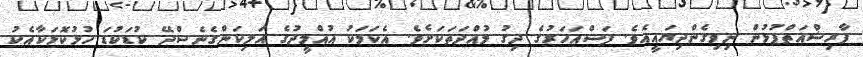
ފާރިޝްއަތްޕުޅުން ނިވިގެންދިޔައީއެވެ. ފަސްއަހަރުގެ ދިގު މުއްދަތަކަށެވެ. އެކަމަކު އުއްމީދުގެ އަލިކަންގެނެސްދޭ ކުޑަކުޑަ ހުޅުކޮޅަކާއެކު